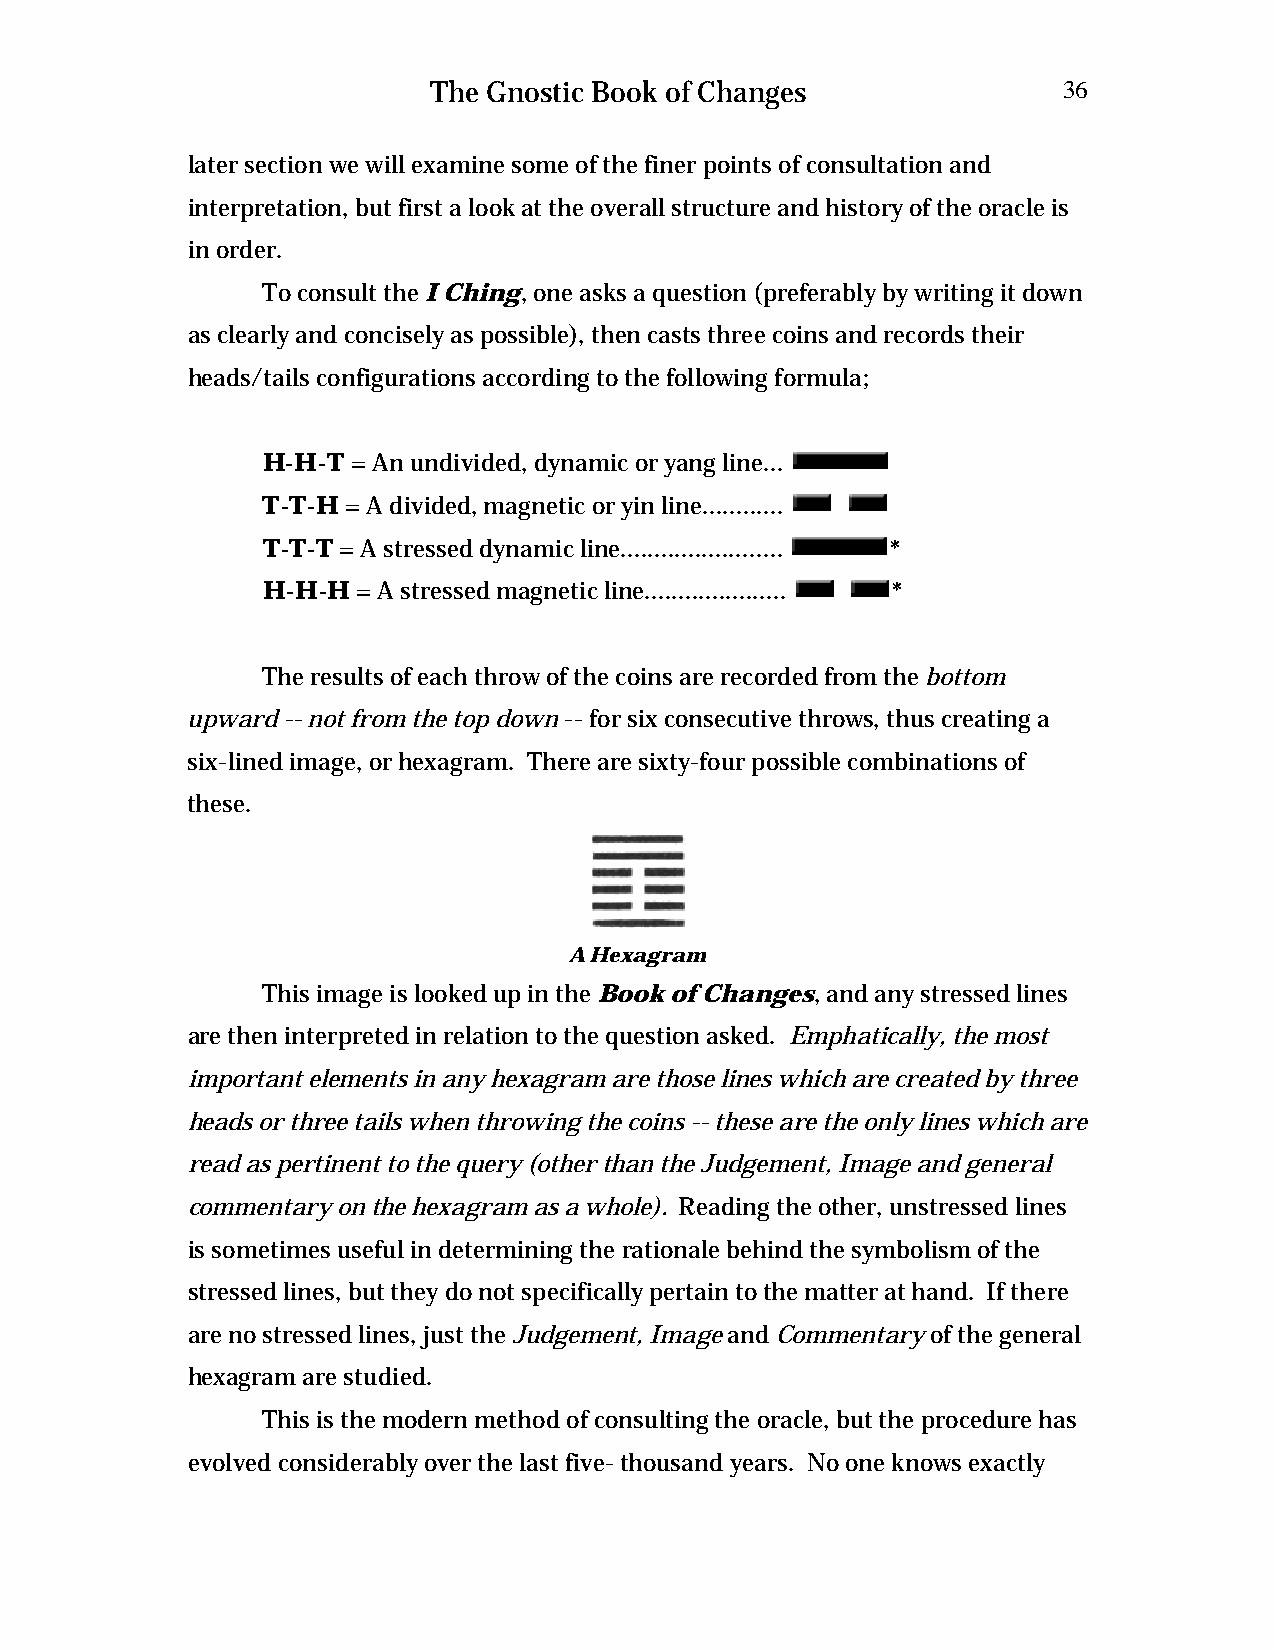
The Gnostic Book of Changes              36
 later section we will examine some of the finer points of consultation and
 interpretation, but first a look at the overall structure and history of the oracle is
 in order.
 To consult the I Ching, one asks a question (preferably by writing it down
 as clearly and concisely as possible), then casts three coins and records their
 heads/tails configurations according to the following formula;
 H-H-T = An undivided, dynamic or yang line...
 T-T-H = A divided, magnetic or yin line............
 T-T-T = A stressed dynamic line........................ *
 H-H-H  = A stressed magnetic line..................... *
 The results of each throw of the coins are recorded from the bottom
 upward -- not from the top down -- for six consecutive throws, thus creating a
 six-lined image, or hexagram. There are sixty-four possible combinations of
 these.
 A Hexagram
 This image is looked up in the Book of Changes, and any stressed lines
 are then interpreted in relation to the question asked. Emphatically, the most
 important elements in any hexagram are those lines which are created by three
 heads or three tails when throwing the coins -- these are the only lines which are
 read as pertinent to the query (other than the Judgement, Image and general
 commentary on the hexagram as a whole). Reading the other, unstressed lines
 is sometimes useful in determining the rationale behind the symbolism of the
 stressed lines, but they do not specifically pertain to the matter at hand. If there
 are no stressed lines, just the Judgement, Image and Commentary of the general
 hexagram are studied.
 This is the modern method of consulting the oracle, but the procedure has
 evolved considerably over the last five- thousand years. No one knows exactly